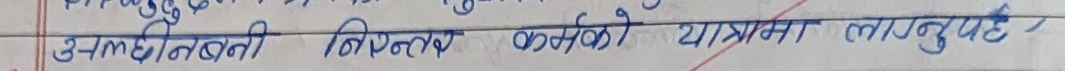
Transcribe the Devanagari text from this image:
उल्लेखन बनी निश्चित वर्गको यात्रामा लानु पर्छ ।